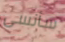
سأنسى